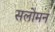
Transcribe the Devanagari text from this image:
सलोमन